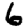
Digit: 6